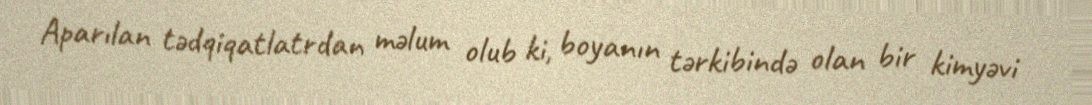
Aparılan tədqiqatlatrdan məlum olub ki, boyanın tərkibində olan bir kimyəvi